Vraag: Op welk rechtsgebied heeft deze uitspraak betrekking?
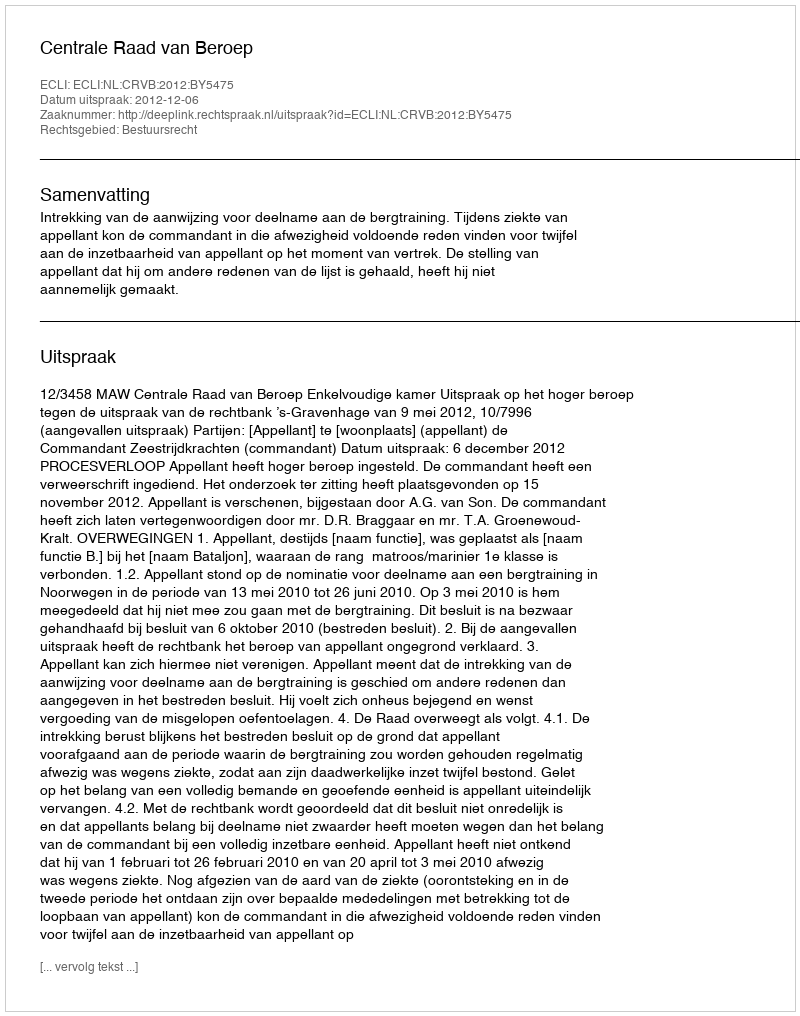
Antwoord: Bestuursrecht